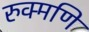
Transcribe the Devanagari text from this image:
रुक्मणि